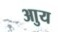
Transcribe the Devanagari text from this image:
आुय